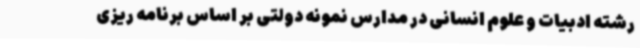
رشته ادبیات و علوم انسانی در مدارس نمونه دولتی بر اساس برنامه ریزی